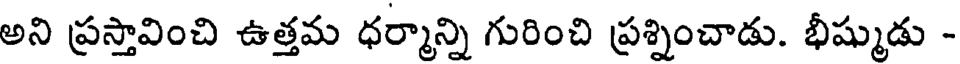
అని ప్రస్తావించి ఉత్తమ ధర్మాన్ని గురించి ప్రశ్నించాడు. భీష్ముడు -